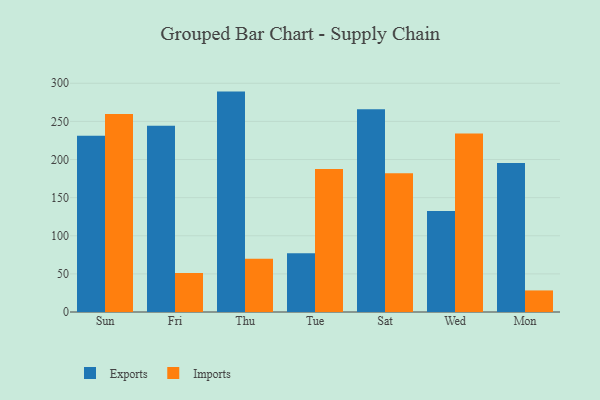
{"axis": {"x": "Day", "y": "Active Users"}, "legend": ["Exports", "Imports"], "data": [{"x": "Sun", "y": 231.3, "type": "Exports"}, {"x": "Sun", "y": 259.6, "type": "Imports"}, {"x": "Fri", "y": 244.2, "type": "Exports"}, {"x": "Fri", "y": 51.2, "type": "Imports"}, {"x": "Thu", "y": 289.1, "type": "Exports"}, {"x": "Thu", "y": 70.0, "type": "Imports"}, {"x": "Tue", "y": 77.0, "type": "Exports"}, {"x": "Tue", "y": 187.6, "type": "Imports"}, {"x": "Sat", "y": 266.0, "type": "Exports"}, {"x": "Sat", "y": 182.1, "type": "Imports"}, {"x": "Wed", "y": 132.4, "type": "Exports"}, {"x": "Wed", "y": 234.3, "type": "Imports"}, {"x": "Mon", "y": 195.6, "type": "Exports"}, {"x": "Mon", "y": 28.3, "type": "Imports"}]}